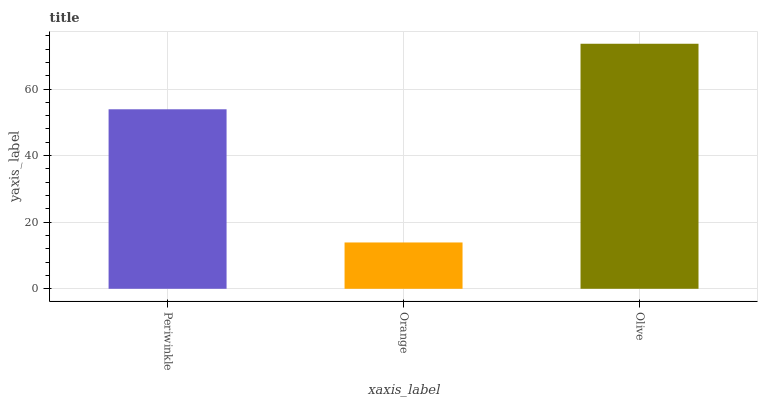
| xaxis_label | bars |
 | --- | --- |
 | Periwinkle | 53.9 |
 | Orange | 13.9 |
 | Olive | 73.6 |